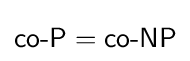
{\textsf {co-P}}={\textsf {co-NP}}